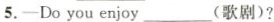
5.—Do you enjoy___(歌剧)?